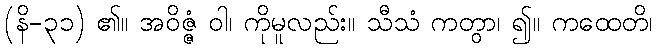
(နိ-၃၁) ၏။ အဝိဇ္ဇံ ဝါ၊ ကိုမူလည်း။ သီသံ ကတွာ၊ ၍။ ကထေတိ၊